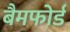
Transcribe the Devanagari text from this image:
बैमफोर्ड